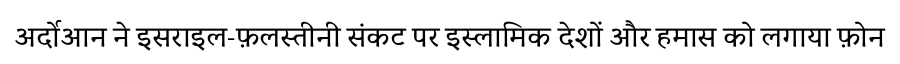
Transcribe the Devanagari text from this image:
अर्दोआन ने इसराइल-फ़लस्तीनी संकट पर इस्लामिक देशों और हमास को लगाया फ़ोन